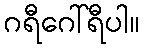
ဂရီဂေါ်ရီပါ။